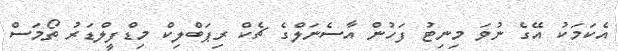
އެކަމަކު އޭގެ ނުވަ މިނިޓު ފަހުން އާސެނަލްގެ ޗެކް ރިޕަބްލިކް މިޑްފީލްޑަރު ތޯމަސް